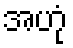
အဟုံ